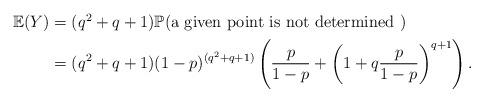
LaTeX: \begin{align*}\begin{aligned}\mathbb{E}(Y)&=(q^2+q+1)\mathbb{P}(\mbox{a given point is not determined })\\&= (q^2+q+1)(1-p)^{(q^2+q+1)}\left(\frac{p}{1-p}+ \left(1+q\frac{p}{1-p}\right)^{q+1} \right).\end{aligned}\end{align*}